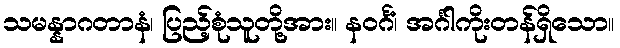
သမန္နာဂတာနံ၊ ပြည့်စုံသူတို့အား။ နဝင်္ဂံ၊ အင်္ဂါကိုးတန်ရှိသော။